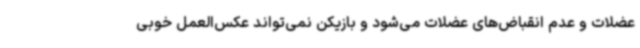
عضلات و عدم انقباض‌های عضلات می‌شود و بازیکن نمی‌تواند عکس‌العمل خوبی